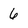
Character: 6